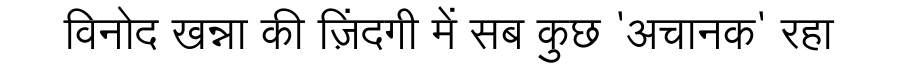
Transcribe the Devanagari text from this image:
विनोद खन्ना की ज़िंदगी में सब कुछ 'अचानक' रहा